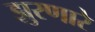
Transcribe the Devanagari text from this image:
झुरणारे